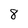
Character: 8